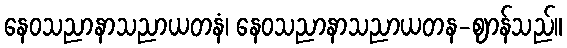
နေဝသညာနာသညာယတနံ၊ နေဝသညာနာသညာယတန-ဈာန်သည်။